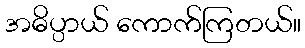
အဓိပ္ပာယ် ကောက်ကြတယ်။